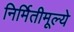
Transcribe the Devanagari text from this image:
निर्मितीमूल्ये